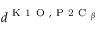
d ^ { \mathrm { ~ K ~ 1 ~ O ~ } , \mathrm { ~ P ~ 2 ~ C ~ } _ { \beta } }